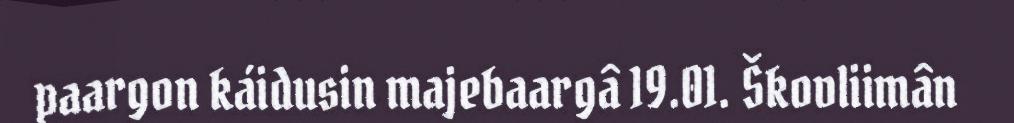
paargon káidusin majebaargâ 19.01. Škovliimân